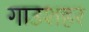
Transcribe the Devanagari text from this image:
गाउशहर